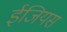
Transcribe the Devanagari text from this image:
ईजियस